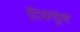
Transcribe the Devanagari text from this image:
टिकवुन